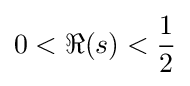
0<\Re (s)<{\frac {1}{2}}